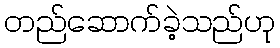
တည်ဆောက်ခဲ့သည်ဟု